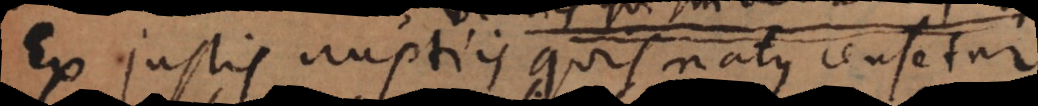
Ex justis nuptiis quis natus censetur